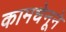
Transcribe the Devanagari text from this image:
कामधेनूने